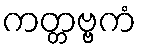
ကတ္တဗ္ဗကံ